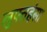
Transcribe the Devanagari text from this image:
लुफ्तहंसा